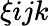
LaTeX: \xi ijk